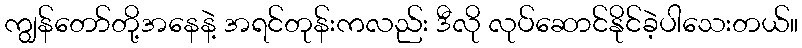
ကျွန်တော်တို့အနေနဲ့ အရင်တုန်းကလည်း ဒီလို လုပ်ဆောင်နိုင်ခဲ့ပါသေးတယ်။